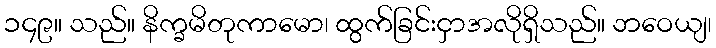
၁၄၉။ သည်။ နိက္ခမိတုကာမော၊ ထွက်ခြင်းငှာအလိုရှိသည်။ ဘဝေယျ၊